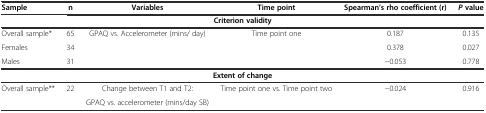
| Sample | n | Variables | Time point | Spearman’s rho coefficient (r) | Pvalue |
 | --- | --- | --- | --- | --- | --- |
 | <COLSPAN=6> Criterion validity |
 | Overall sample* | 65 | GPAQ vs. Accelerometer (mins/ day) | Time point one | 0.187 | 0.135 |
 | Females | 34 |  |  | 0.378 | 0.027 |
 | Males | 31 |  |  | −0.053 | 0.778 |
 | <COLSPAN=6> Extent of change |
 | Overall sample** | 22 | Change between T1 and T2: | Time point one vs. Time point two | −0.024 | 0.916 |
 |  |  | GPAQ vs. accelerometer (mins/day SB) |  |  |  |